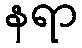
နရာ